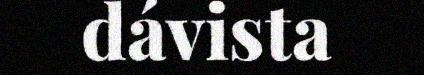
dávista